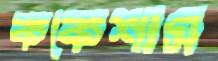
ককেশাস